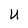
Character: u